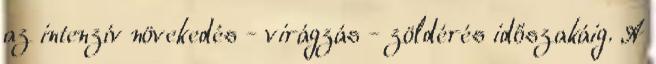
az intenzív növekedés - virágzás - zöldérés időszakáig. A